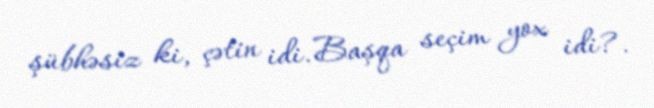
şübhəsiz ki, çətin idi. Başqa seçim yox idi?.